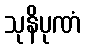
သုနိပုဏံ